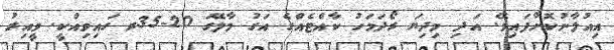
އިއުލާނުކޮށްފައިވޭ. އަދި މިދިޔަ ރޯދަމަހު ކާއްޓެއްގެ އަގު މާލޭގަ 20-35ރ ގައިވިއްކީ. ވީއިރު